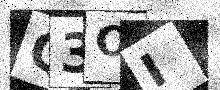
Text: Q3OI